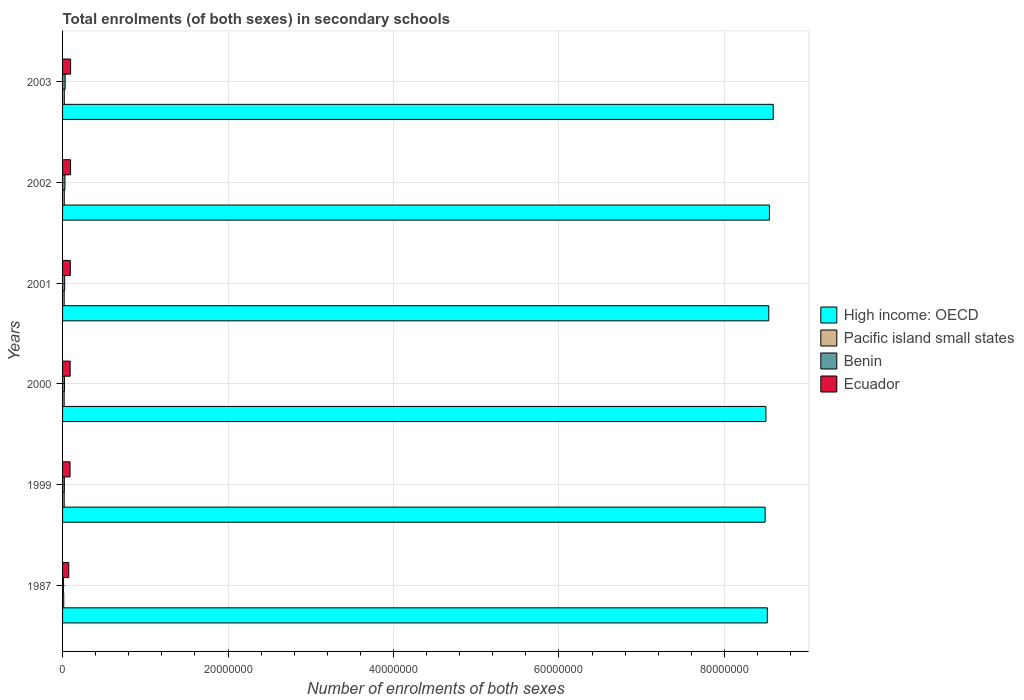
| Years | High income: OECD | Pacific island small states | Benin | Ecuador |
 | --- | --- | --- | --- | --- |
 | 1987 | 8.52e+07 | 1.43e+05 | 1.02e+05 | 7.5e+05 |
 | 1999 | 8.49e+07 | 1.93e+05 | 2.13e+05 | 9.04e+05 |
 | 2000 | 8.5e+07 | 1.91e+05 | 2.29e+05 | 9.17e+05 |
 | 2001 | 8.54e+07 | 1.94e+05 | 2.57e+05 | 9.36e+05 |
 | 2002 | 8.54e+07 | 2.03e+05 | 2.87e+05 | 9.66e+05 |
 | 2003 | 8.59e+07 | 2.08e+05 | 3.12e+05 | 9.73e+05 |